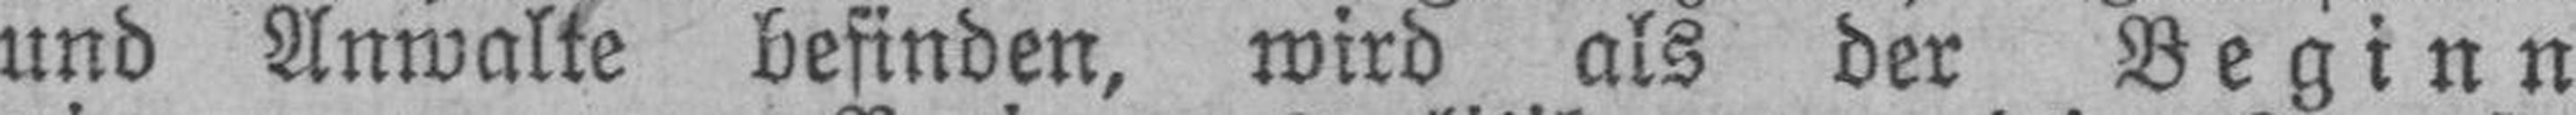
und Anwalte befinden, wird als der Beginn